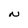
Character: N